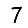
Digit: 7